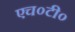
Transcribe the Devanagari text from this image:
एच०टी०